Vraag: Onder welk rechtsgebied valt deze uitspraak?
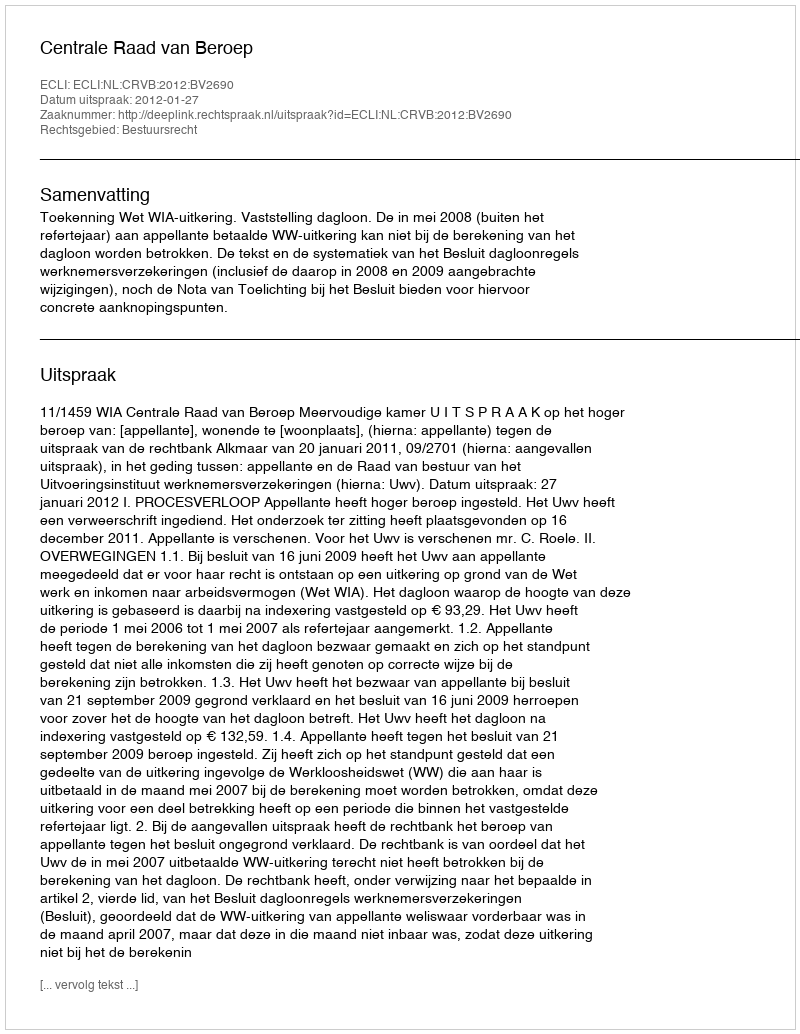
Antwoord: Bestuursrecht